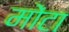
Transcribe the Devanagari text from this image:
मोंटा